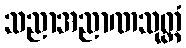
သညာအညာဏသုတ္တံ